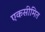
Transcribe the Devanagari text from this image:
एकसीमित